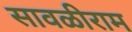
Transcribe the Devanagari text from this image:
सावळीराम